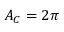
A _ { C } = 2 \pi